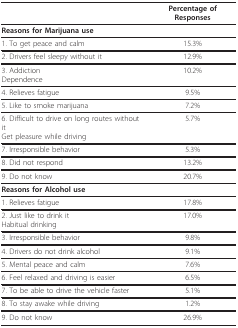
<table><thead><tr><td></td><td><b>Percentage of Responses</b></td></tr></thead><tbody><tr><td><b>Reasons for Marijuana use</b></td><td></td></tr><tr><td>1. To get peace and calm</td><td>15.3%</td></tr><tr><td>2. Drivers feel sleepy without it</td><td>12.9%</td></tr><tr><td>3. AddictionDependence</td><td>10.2%</td></tr><tr><td>4. Relieves fatigue</td><td>9.5%</td></tr><tr><td>5. Like to smoke marijuana</td><td>7.2%</td></tr><tr><td>6. Difficult to drive on long routes without itGet pleasure while driving</td><td>5.7%</td></tr><tr><td>7. Irresponsible behavior</td><td>5.3%</td></tr><tr><td>8. Did not respond</td><td>13.2%</td></tr><tr><td>9. Do not know</td><td>20.7%</td></tr><tr><td><b>Reasons for Alcohol use</b></td><td></td></tr><tr><td>1. Relieves fatigue</td><td>17.8%</td></tr><tr><td>2. Just like to drink itHabitual drinking</td><td>17.0%</td></tr><tr><td>3. Irresponsible behavior</td><td>9.8%</td></tr><tr><td>4. Drivers do not drink alcohol</td><td>9.1%</td></tr><tr><td>5. Mental peace and calm</td><td>7.6%</td></tr><tr><td>6. Feel relaxed and driving is easier</td><td>6.5%</td></tr><tr><td>7. To be able to drive the vehicle faster</td><td>5.1%</td></tr><tr><td>8. To stay awake while driving</td><td>1.2%</td></tr><tr><td>9. Do not know</td><td>26.9%</td></tr></tbody></table>